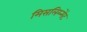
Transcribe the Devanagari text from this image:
मिसलिग्न्मेंट